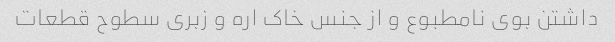
داشتن بوی نامطبوع و از جنس خاک اره و زبری سطوح قطعات